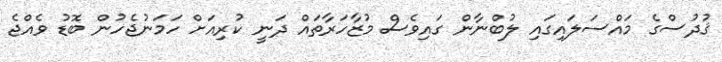
ޤުދުސްގެ މައްސަލައިގައި ލުބްނާން ގައިވެސް މުޒާހަރާތައް ދަނީ ކުރިއަށް ހަމަނުޖެހުން ބޮޑު ވެއްޖެ